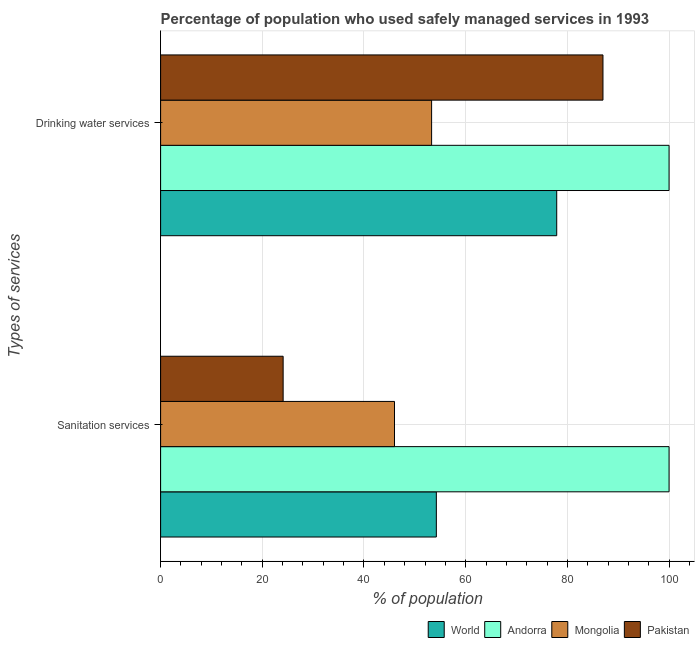
| Types of services | World | Andorra | Mongolia | Pakistan |
 | --- | --- | --- | --- | --- |
 | Sanitation services | 54.2 | 100 | 46 | 24.1 |
 | Drinking water services | 77.9 | 100 | 53.3 | 87 |